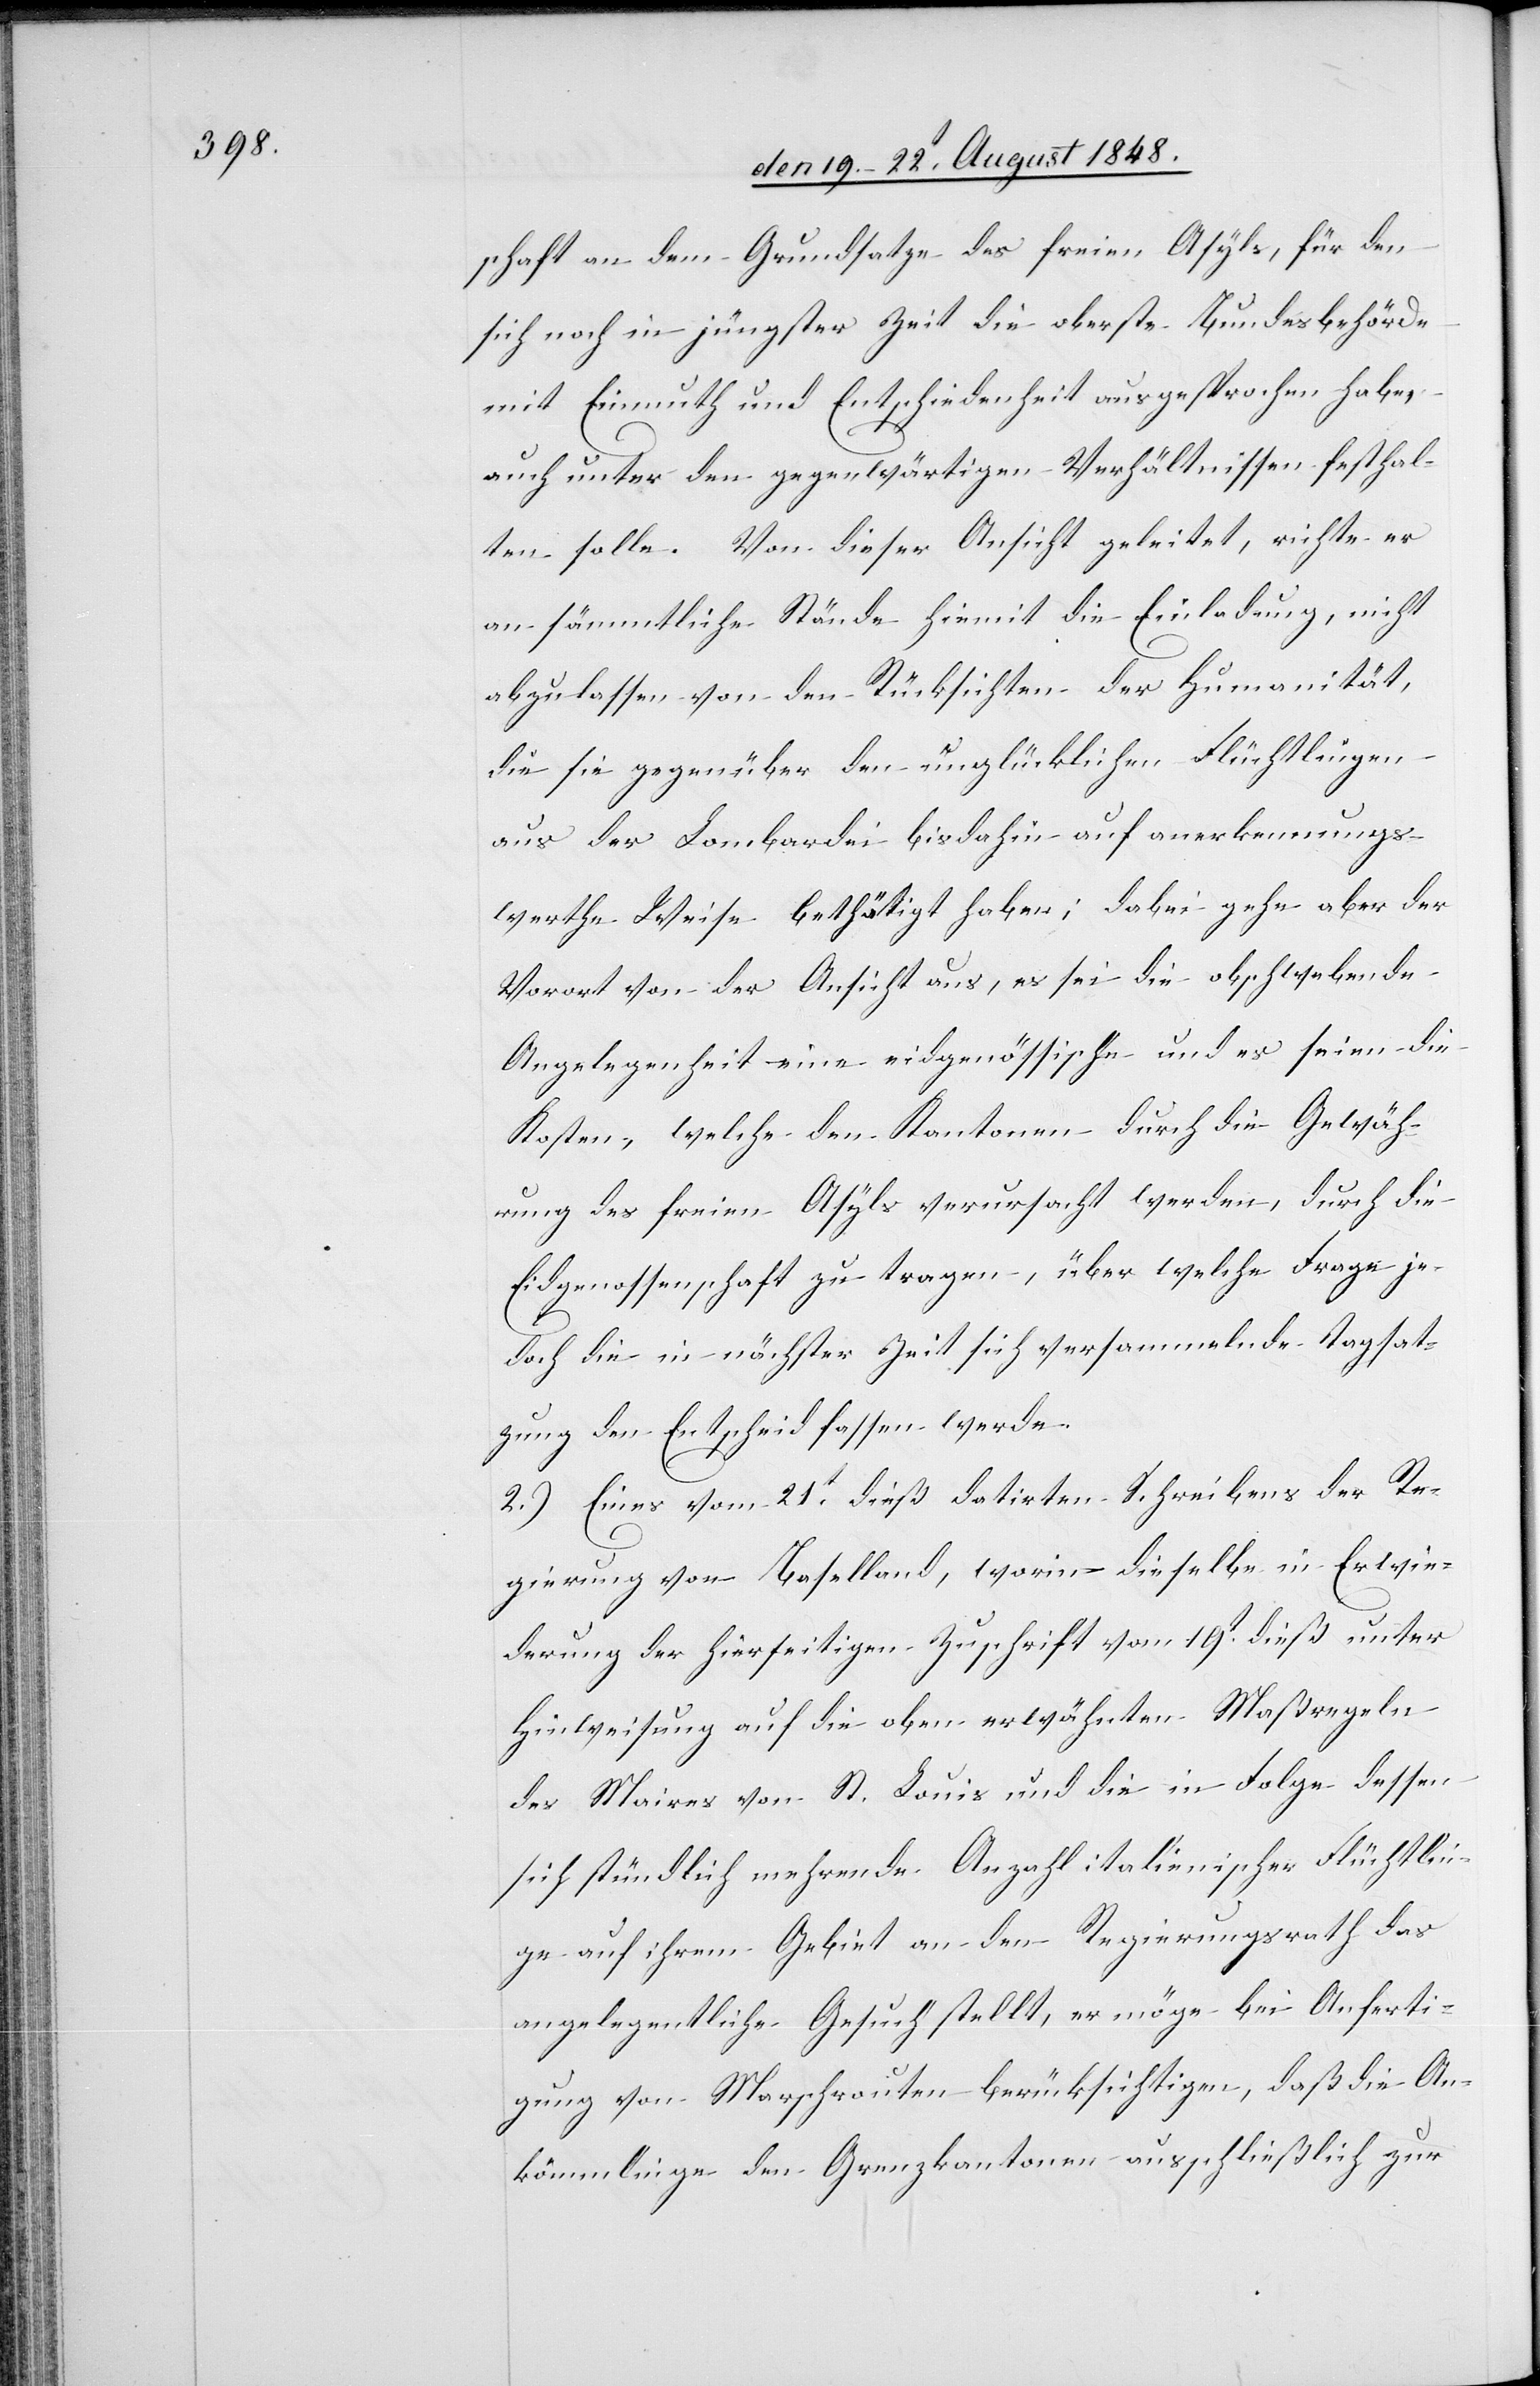
schaft an dem Grundsatze des freien Asyls, für den
sich noch in jüngster Zeit die oberste Bundesbehörde
mit Einmuth und Entschiedenheit ausgesprochen habe,
auch unter den gegenwärtigen Verhältnissen festhal¬
ten solle. Von dieser Ansicht geleitet, richte er
an sämmtliche Stände hiemit die Einladung, nicht
abzulassen von den Rücksichten der Humanität,
die sie gegenüber den unglücklichen Flüchtlingen
aus der Lombardei bisdahin auf anerkennungs¬
werthe Weise bethätigt haben; dabei gehe aber der
Vorort von der Ansicht aus, es sei die obschwebende
Angelegenheit eine eidgenössische und es seien die
Kosten, welche den Kantonen durch die Gewäh¬
rung des freien Asyls verursacht werden, durch die
Eidgenossenschaft zu tragen, über welche Frage je¬
doch die in nächster Zeit sich versammelnde Tagsat¬
zung den Entscheid fassen werde.
2.) Eines vom 21t dieß datirten Schreibens der Re¬
gierung von Baselland, worin dieselbe in Erwi¬
derung der hierseitigen Zuschrift vom 19t dieß unter
Hinweisung auf die oben erwähnten Maßregeln
des Maires von St. Louis und die in Folge dessen
sich stündlich mehrende Anzahl italienischer Flüchtlin¬
ge auf ihrem Gebiet an den Regierungsrath das
angelegentliche Gesuch stellt, er möge bei Anferti¬
gung von Marschrouten berücksichtigen, daß die An¬
kömmlinge den Grenzkantonen ausschließlich zur